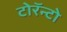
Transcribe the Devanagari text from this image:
टोरॅन्टो